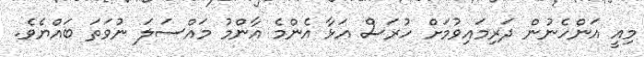
މިއީ އަންހެނުން ދަރިމައިވުމަށް ހުރަސް އަޅާ އެންމެ އާންމު މައްސަލަ ނުވަތަ ބައްޔެވެ.